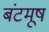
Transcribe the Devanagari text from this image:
बंटमूष